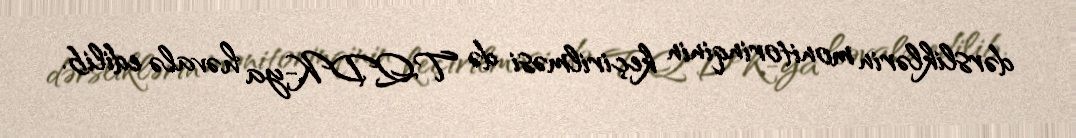
dərsliklərin monitorinqinin keçirilməsi də TQDK-ya həvalə edilib.